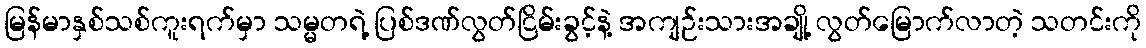
မြန်မာနှစ်သစ်ကူးရက်မှာ သမ္မတရဲ့ ပြစ်ဒဏ်လွတ်ငြိမ်းခွင့်နဲ့ အကျဉ်းသားအချို့ လွတ်မြောက်လာတဲ့ သတင်းကို